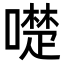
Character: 𠿝